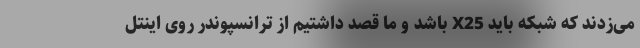
می‌زدند که شبکه باید X25 باشد و ما قصد داشتیم از ترانسپوندر روی اینتل